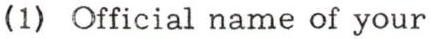
(1) Official name of your